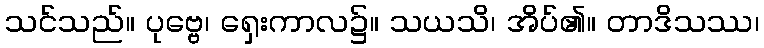
သင်သည်။ ပုဗ္ဗေ၊ ရှေးကာလ၌။ သယသိ၊ အိပ်၏။ တာဒိသဿ၊